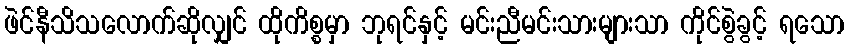
ဖဲင်နီသိသလောက်ဆိုလျှင် ထိုကိစ္စမှာ ဘုရင်နှင့် မင်းညီမင်းသားများသာ ကိုင်စွဲခွင့် ရသော